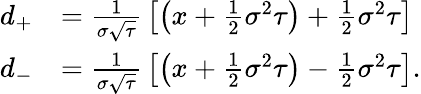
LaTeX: {\begin{array}{rl}{d_{+}}&{={\frac{1}{\sigma{\sqrt{\tau}}}}\left[\left(x+{\frac{1}{2}}\sigma^{2}\tau\right)+{\frac{1}{2}}\sigma^{2}\tau\right]}\\ {d_{-}}&{={\frac{1}{\sigma{\sqrt{\tau}}}}\left[\left(x+{\frac{1}{2}}\sigma^{2}\tau\right)-{\frac{1}{2}}\sigma^{2}\tau\right].}\end{array}}